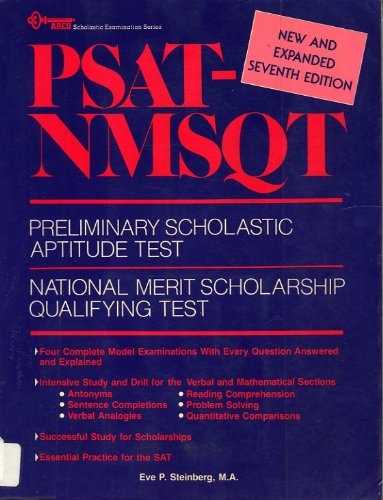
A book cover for Psat-Nmsqt: Preliminary Scholastic Aptitude Test, National Merit Scholarship Qualifying Test (ARCO scholastic examination series); Eve P. Steinberg; Test Preparation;